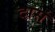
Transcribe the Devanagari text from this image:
दासं